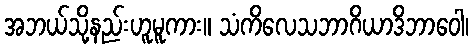
အဘယ်သို့နည်းဟူမူကား။ သံကိလေသဘာဂိယာဒိဘာဝေါ၊